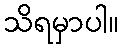
သိရမှာပါ။